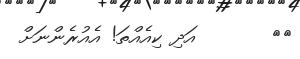
٤٦       އަދި ކިއެއްތަ! އެއުރެންނަށް